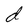
Character: d